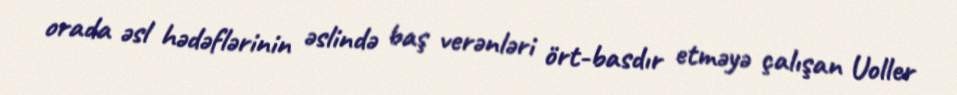
orada əsl hədəflərinin əslində baş verənləri ört-basdır etməyə çalışan Uoller